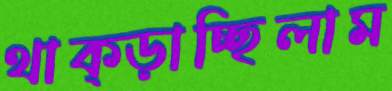
থাক্‌ড়াচ্ছিলাম